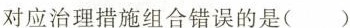
对应治理措施组合错误的是()